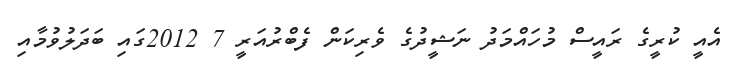
އެއީ ކުރީގެ ރައީސް މުހައްމަދު ނަޝީދުގެ ވެރިކަން ފެބްރުއަރީ 7 2012ގައި ބަދަލުވުމާއި